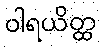
ဝါရယိတ္ထ